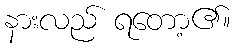
နားလည် ရတော့၏။